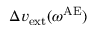
\Delta v _ { \mathrm { e x t } } ( \omega ^ { \mathrm { A E } } )